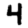
Digit: 4